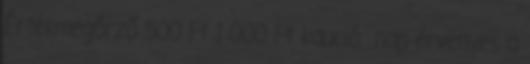
Értékmegőrző 500 Ft 1 000 Ft kaució nap érvényes a